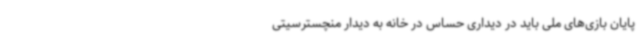
پایان بازی‌های ملی باید در دیداری حساس در خانه به دیدار منچسترسیتی